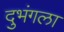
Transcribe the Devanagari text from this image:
दुभंगला